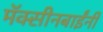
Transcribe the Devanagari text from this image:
मॅक्सीनबाईंनी